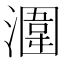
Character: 潿